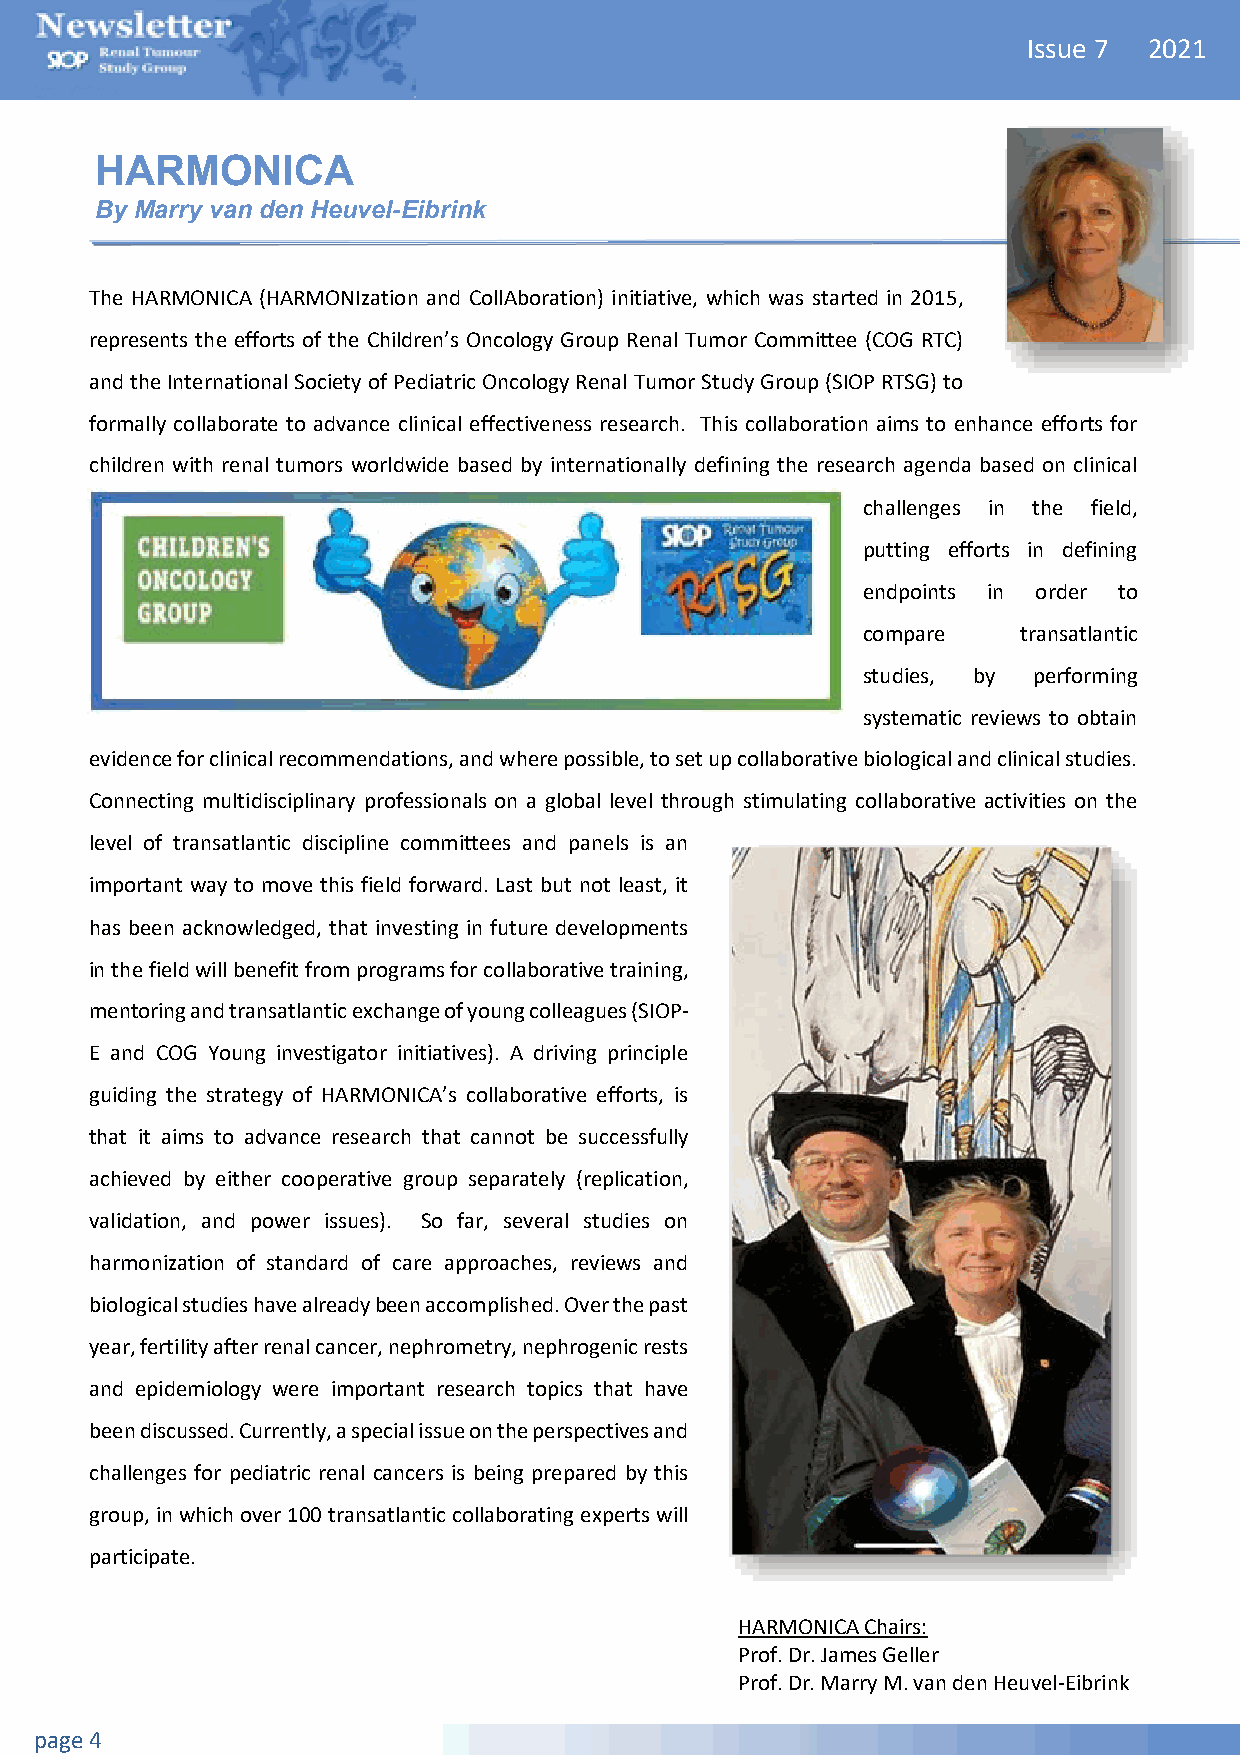
Issue 7 2021
 HARMONICA
 By Marry van den Heuvel-Eibrink
 The HARMONICA (HARMONIzation and CollAboration) initiative, which was started in 2015,
 represents the efforts of the Children’s Oncology Group Renal Tumor Committee (COG RTC)
 and the International Society of Pediatric Oncology Renal Tumor Study Group (SIOP RTSG) to
 formally collaborate to advance clinical effectiveness research. This collaboration aims to enhance efforts for
 children with renal tumors worldwide based by internationally defining the research agenda based on clinical
 challenges in the field,
 putting efforts in defining
 endpoints in order to
 compare    transatlantic
 studies, by performing
 systematic reviews to obtain
 evidence for clinical recommendations, and where possible, to set up collaborative biological and clinical studies.
 Connecting multidisciplinary professionals on a global level through stimulating collaborative activities on the
 level of transatlantic discipline committees and panels is an
 important way to move this field forward. Last but not least, it
 has been acknowledged, that investing in future developments
 in the field will benefit from programs for collaborative training,
 mentoring and transatlantic exchange of young colleagues (SIOP-
 E and COG Young investigator initiatives). A driving principle
 guiding the strategy of HARMONICA’s collaborative efforts, is
 that it aims to advance research that cannot be successfully
 achieved by either cooperative group separately (replication,
 validation, and power issues). So far, several studies on
 harmonization of standard of care approaches, reviews and
 biological studies have already been accomplished. Over the past
 year, fertility after renal cancer, nephrometry, nephrogenic rests
 and epidemiology were important research topics that have
 been discussed. Currently, a special issue on the perspectives and
 challenges for pediatric renal cancers is being prepared by this
 group, in which over 100 transatlantic collaborating experts will
 participate.
 HARMONICA Chairs:
 Prof. Dr. James Geller
 Prof. Dr. Marry M. van den Heuvel-Eibrink
 page 4